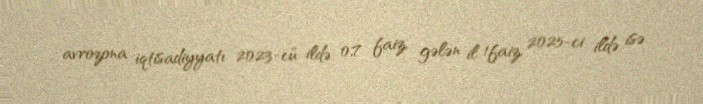
avrozona iqtisadiyyatı 2023-cü ildə 0,7 faiz, gələn il 1faiz, 2025-ci ildə isə